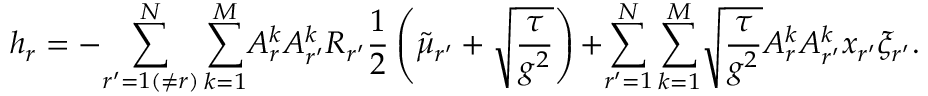
h _ { r } = - { \sum _ { r ^ { \prime } = 1 ( \neq r ) } ^ { N } \sum _ { k = 1 } ^ { M } } A _ { r } ^ { k } A _ { r ^ { \prime } } ^ { k } R _ { r ^ { \prime } } \frac { 1 } { 2 } \left( \tilde { \mu } _ { r ^ { \prime } } + \sqrt { \frac { \tau } { g ^ { 2 } } } \right) { + } { \sum _ { r ^ { \prime } = 1 } ^ { N } \sum _ { k = 1 } ^ { M } } \sqrt { \frac { \tau } { g ^ { 2 } } } A _ { r } ^ { k } A _ { r ^ { \prime } } ^ { k } x _ { r ^ { \prime } } \xi _ { r ^ { \prime } } .